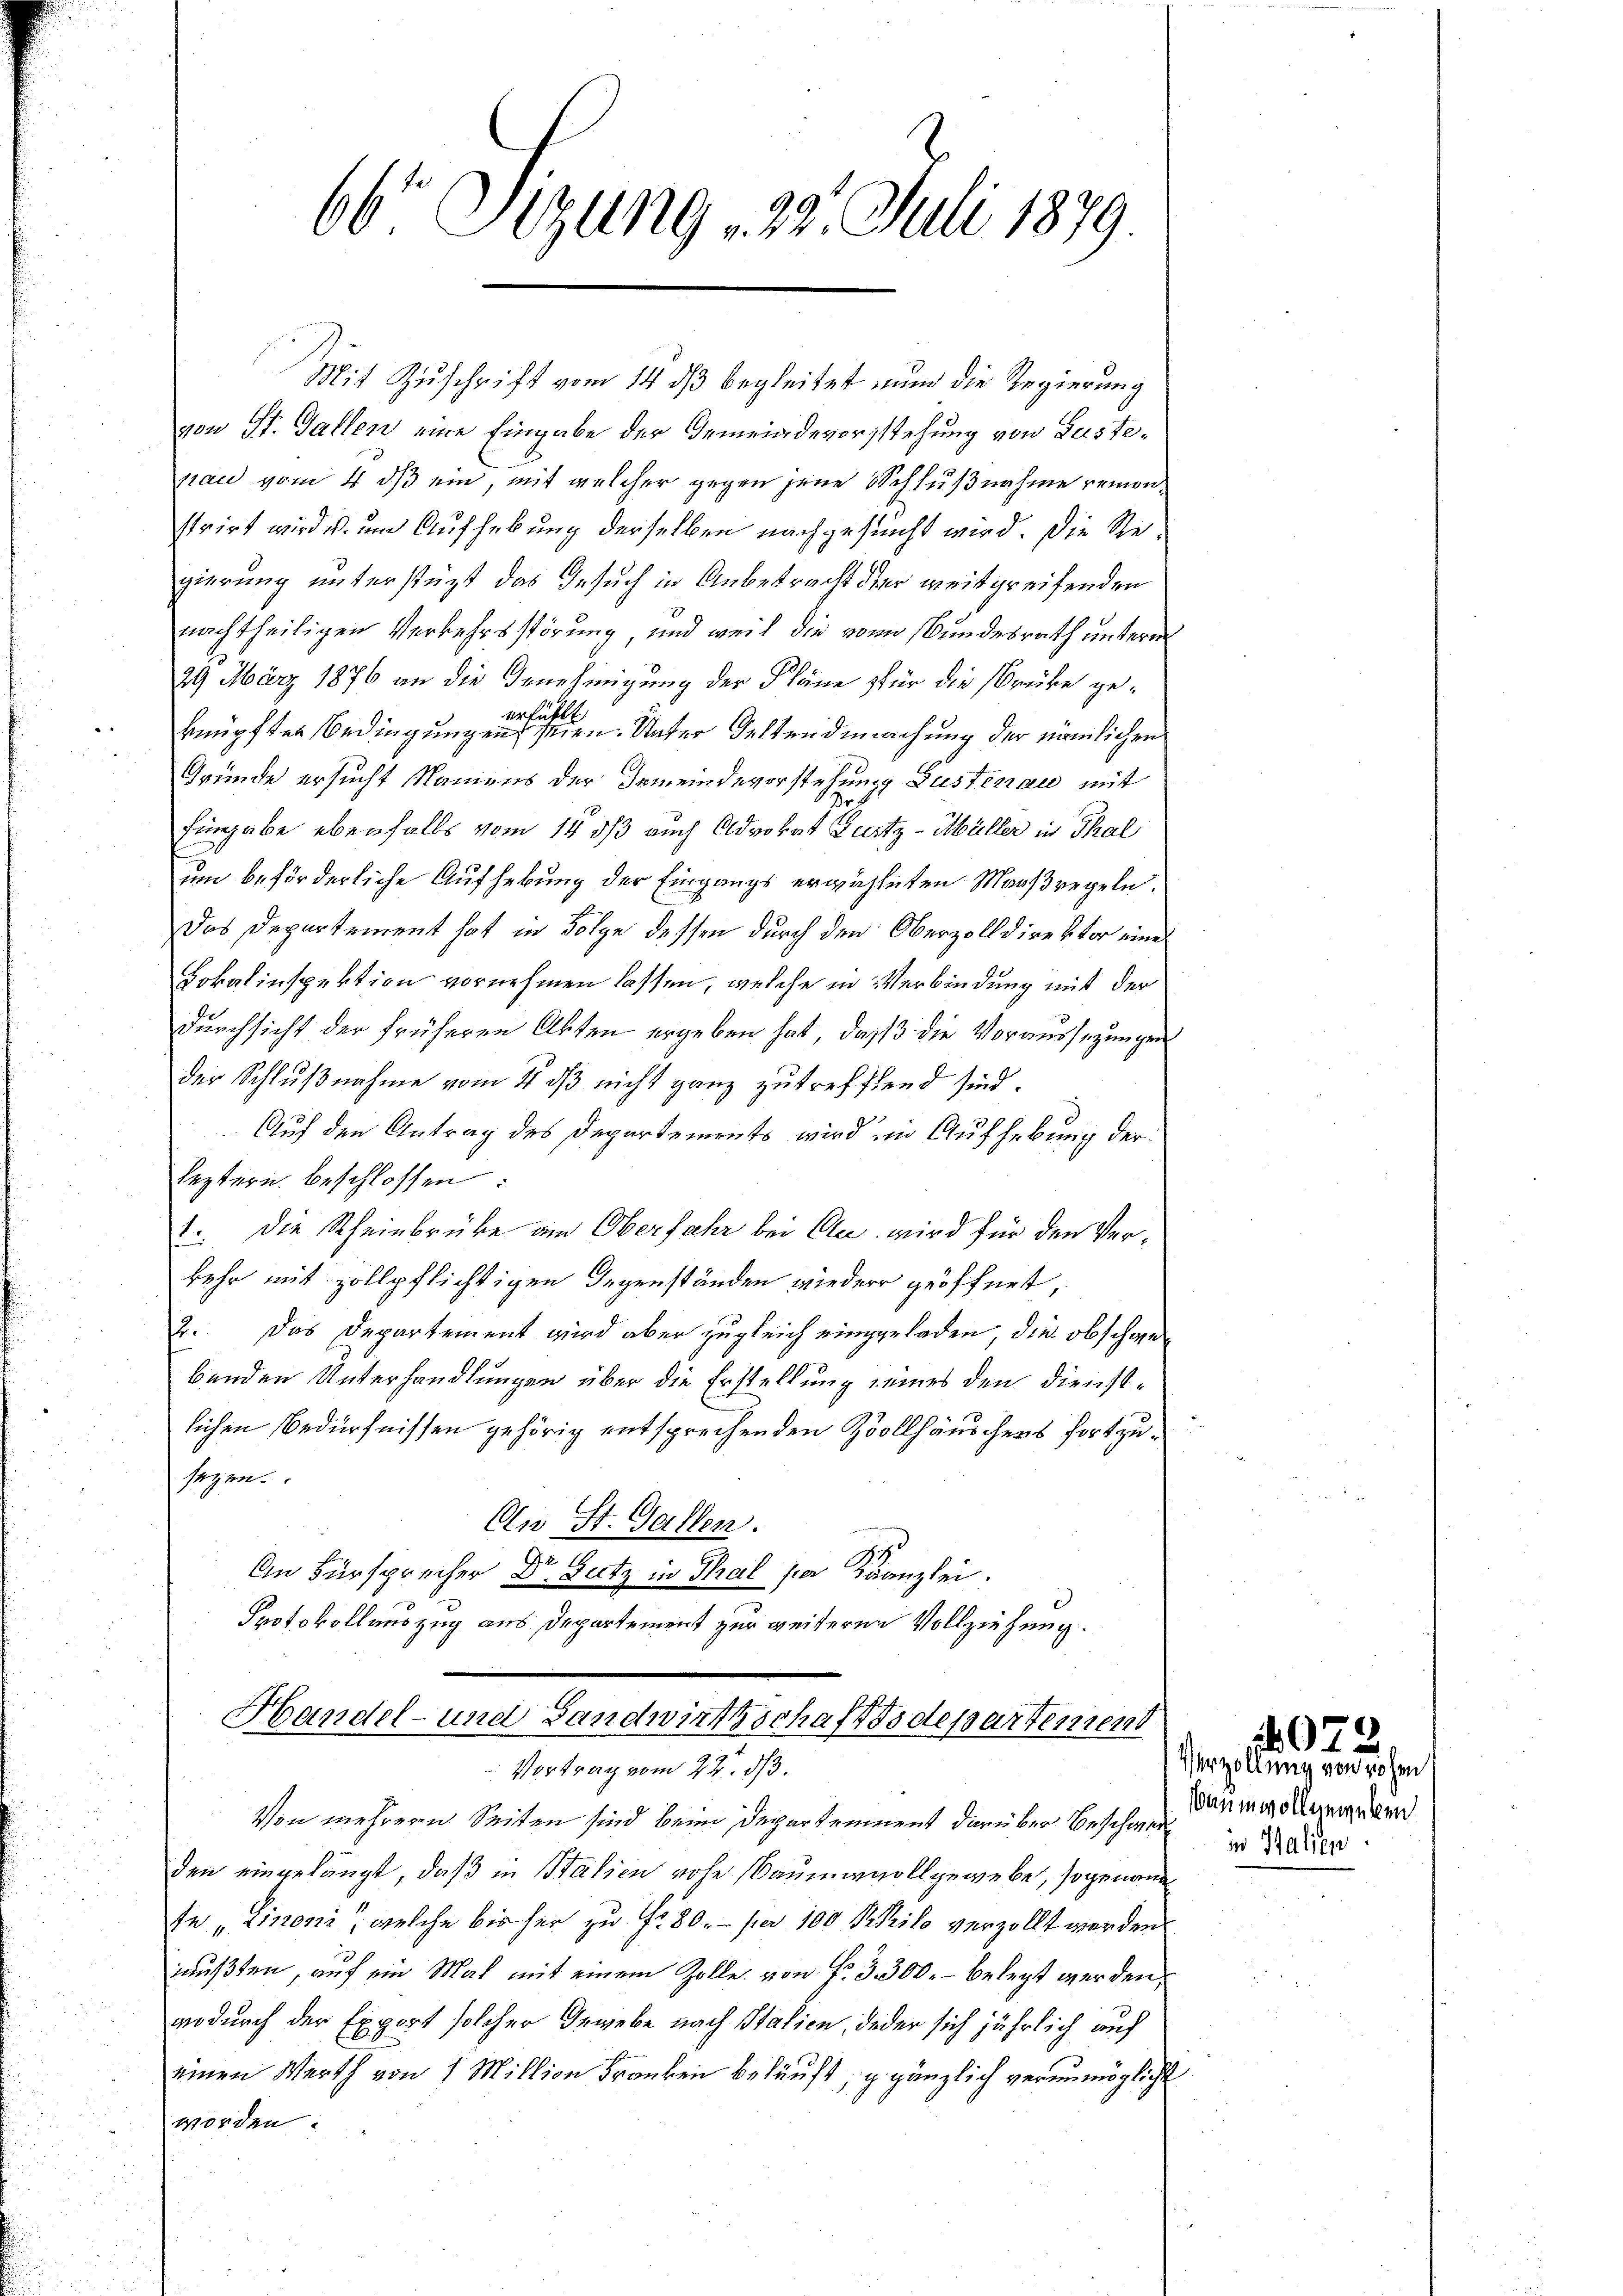
66 Sizung 29. Juli 1879

von St. Gallen eine Eingabe der Gemeindevorstehung von Lastenau vom 4. ds ein, mit welcher gegen jene Schlußnahme remonstrirt wird u. um Aufhebung derselben nachgesucht wird. Die Regierung unterstützt das Gesuch in Anbetracht der weit greifenden
nachtheiligen Verkehrsstörung, und weil die von Bundesrath untere
29 März 1876 an die Genehmigung der Pläne für die Brüke geknüpfter Bedingung eine er seien. Unter Seltendmachung der nämlichen
Gründe ersucht Namens der Gemeindevorstehung Lustenau mit
Eingabe ebenfalls vom 14. ds auch Advokat Furtz - Müller in Thal
um beförderliche Aufhebung der Eingangs erwähnten Maaßregeln.
Das Departement hat in Folge dessen durch den Oberzolldirektor eine
Lokalinspektion vornehmen lassen, welche in Verbindung mit der
Durchsicht der früheren Akten ergeben hat, daß die Voraussezungen
der Schlußnahme vom 4. dβ nicht ganz zutreffend sind.
Auf den Antrag des Departements wird im Aufhebung der
leztern beschlossen:
21. Die Scheinbrüke am Oberfahr bei An wird für den Verkehr mit zollpflichtigen Gegenständen wieder geöffnet,
2. Das Departement wird aber zugleich eingeladen, die obschwebenden Unterhandlungen über die Erstellung seines den Dienstlichen Bedürfnissen gehörig entsprechenden Zollhäuschens fortzusezen.
An St. Gallen.
.
An Fürsprecher d. Sutz in Thail per Kanzlei.
Protokollauszug aus Departement zur weiteren Vollziehung.

Mit Zuschrift vom 14. ds begleitet nun die Regierung

Handel- und Landwirthschaftsdepartement
Vortrag vom 22. d.

Von mehreren Seiten sind beim Departement darüber Beschwerden eingehängt, daß in Stalien rohe Bauma voll gewebe, sogenann
fe Limoni, welche bis her zu Fr. 80. per 100 Kilo verzollt werden.
mußten, auf ein Mal mit einem Zolle von Fr. 3. 300.- belegt werden.
wodurch der Export solcher Gewebe nach Italien, deder sich jährlich auf
einen Werth von 1 Million Franken beläuft, g gänzlich verunmöglicht
worden.

Verzöllung von rohen
Wan in wollenweben.
in Salien

072